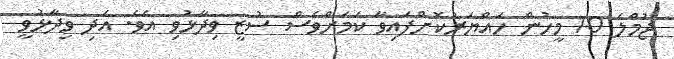
ޖުމްލަ 10 މީހުން ހައްޔަރުކޮށްފައިވާ ކަމަށްވެސް ސުޒީ ވިދާޅުވި އެވެ. އަދި ވިދާޅުވީ